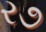
ર૭